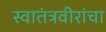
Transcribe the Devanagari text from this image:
स्वातंत्रवीरांचा